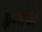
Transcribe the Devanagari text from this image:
करतेथे।